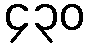
၄၃၀